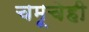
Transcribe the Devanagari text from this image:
चमूचेही